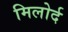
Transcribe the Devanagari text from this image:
मिलोर्द